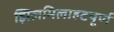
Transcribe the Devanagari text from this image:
झिलमिलाहटपूर्ण